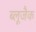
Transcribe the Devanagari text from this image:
ब्लूजैक